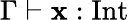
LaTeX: \Gamma\vdash\mathbf{x}:{\mathrm{{Int}}}